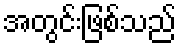
အတွင်းဖြစ်သည်